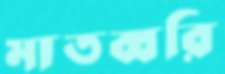
মাতব্বরি